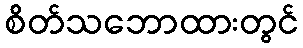
စိတ်သဘောထားတွင်